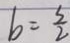
b = \frac { 5 } { 2 }